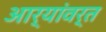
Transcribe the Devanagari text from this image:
आर्यांवर्त